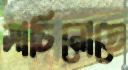
সাচিনোতে